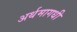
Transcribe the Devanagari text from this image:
अर्थमागधी